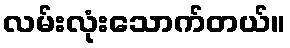
လမ်းလုံးသောက်တယ်။